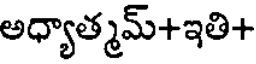
అధ్యాత్మమ్+ఇతి+